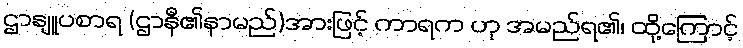
ဌာနျူပစာရ (ဌာနီ၏နာမည်)အားဖြင့် ကာရက ဟု အမည်ရ၏၊ ထို့ကြောင့်